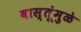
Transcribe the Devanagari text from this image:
वास्तूंमुळे